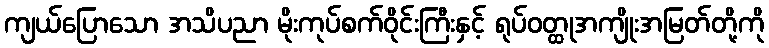
ကျယ်ပြောသော အသိပညာ မိုးကုပ်စက်ဝိုင်းကြီးနှင့် ရုပ်ဝတ္ထုအကျိုးအမြတ်တို့ကို